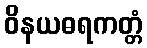
ဝိနယဓရကတ္တံ